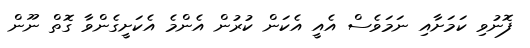
ފޮނުވި ކަމަށާއި ނަމަވެސް އެއީ އެކަން ކުރުން އެންމެ އެކަށީގެންވާ ގޮތް ނޫން